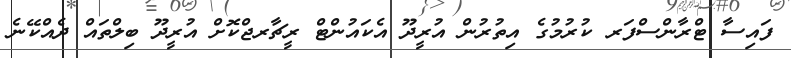
ފައިސާ ޓްރާންސްފަރ ކުރުމުގެ އިތުރުން އުރީދޫ އެކައުންޓް ރީޗާރޖްކޮށް އުރީދޫ ބިލްތައް ދެއްކޭނެ